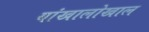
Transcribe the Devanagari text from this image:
यांखालोखाल